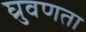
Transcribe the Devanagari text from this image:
घ्रुवणता